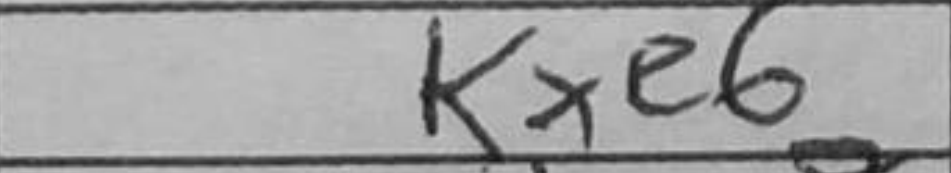
Transcription: Kxe6